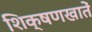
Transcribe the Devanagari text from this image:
शिक्षणखातें